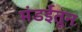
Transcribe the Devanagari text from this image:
मंडईतून